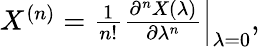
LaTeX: \begin{array}{r}{X^{(n)}=\left.\frac{1}{n!}\frac{\partial^{n}X(\lambda)}{\partial\lambda^{n}}\right|_{\lambda=0},}\end{array}